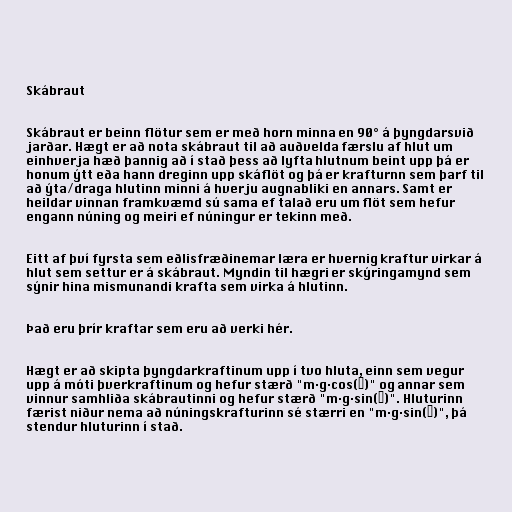
Skábraut

Skábraut er beinn flötur sem er með horn minna en 90° á þyngdarsvið
jarðar. Hægt er að nota skábraut til að auðvelda færslu af hlut um
einhverja hæð þannig að í stað þess að lyfta hlutnum beint upp þá er
honum ýtt eða hann dreginn upp skáflöt og þá er krafturnn sem þarf til
að ýta/draga hlutinn minni á hverju augnabliki en annars. Samt er
heildar vinnan framkvæmd sú sama ef talað eru um flöt sem hefur
engann núning og meiri ef núningur er tekinn með.

Eitt af því fyrsta sem eðlisfræðinemar læra er hvernig kraftur virkar á
hlut sem settur er á skábraut. Myndin til hægri er skýringamynd sem
sýnir hina mismunandi krafta sem virka á hlutinn.

Það eru þrír kraftar sem eru að verki hér.

Hægt er að skipta þyngdarkraftinum upp í tvo hluta, einn sem vegur
upp á móti þverkraftinum og hefur stærð "m·g·cos(θ)" og annar sem
vinnur samhliða skábrautinni og hefur stærð "m·g·sin(θ)". Hluturinn
færist niður nema að núningskrafturinn sé stærri en "m·g·sin(θ)", þá
stendur hluturinn í stað.